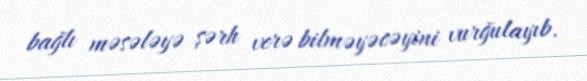
bağlı məsələyə şərh verə bilməyəcəyini vurğulayıb.